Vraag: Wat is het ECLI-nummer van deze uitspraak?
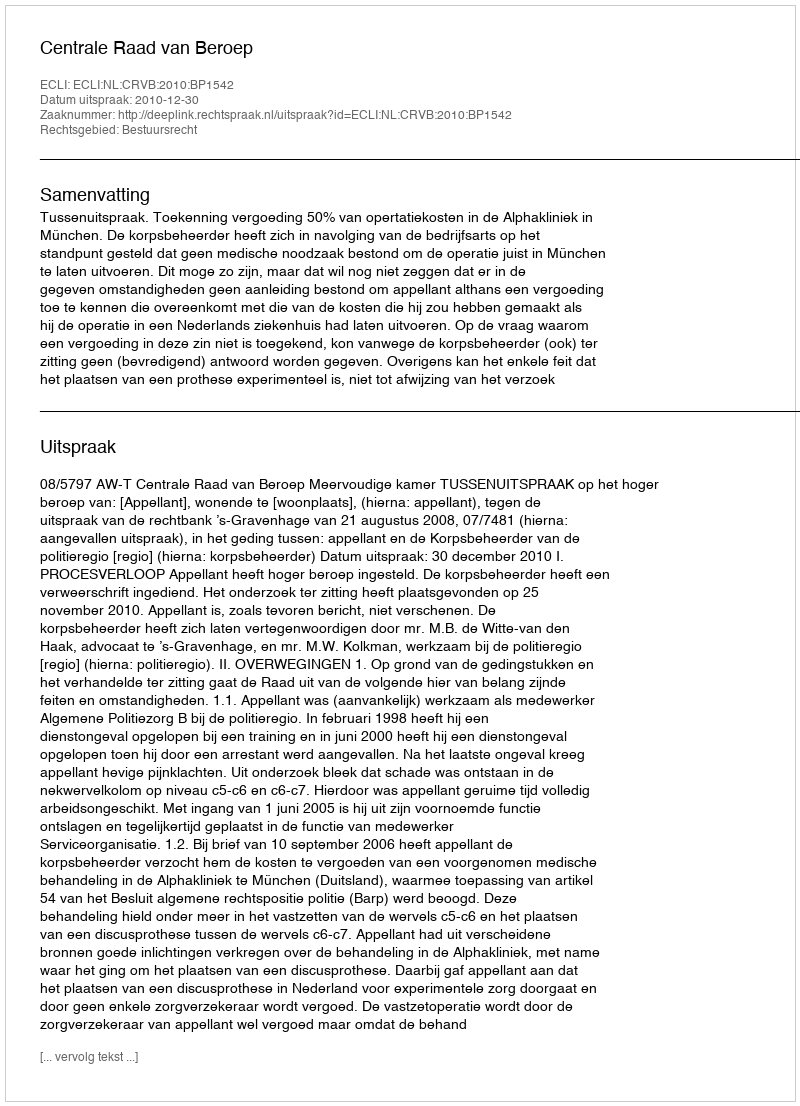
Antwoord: ECLI:NL:CRVB:2010:BP1542